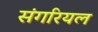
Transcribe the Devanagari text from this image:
संगरियल